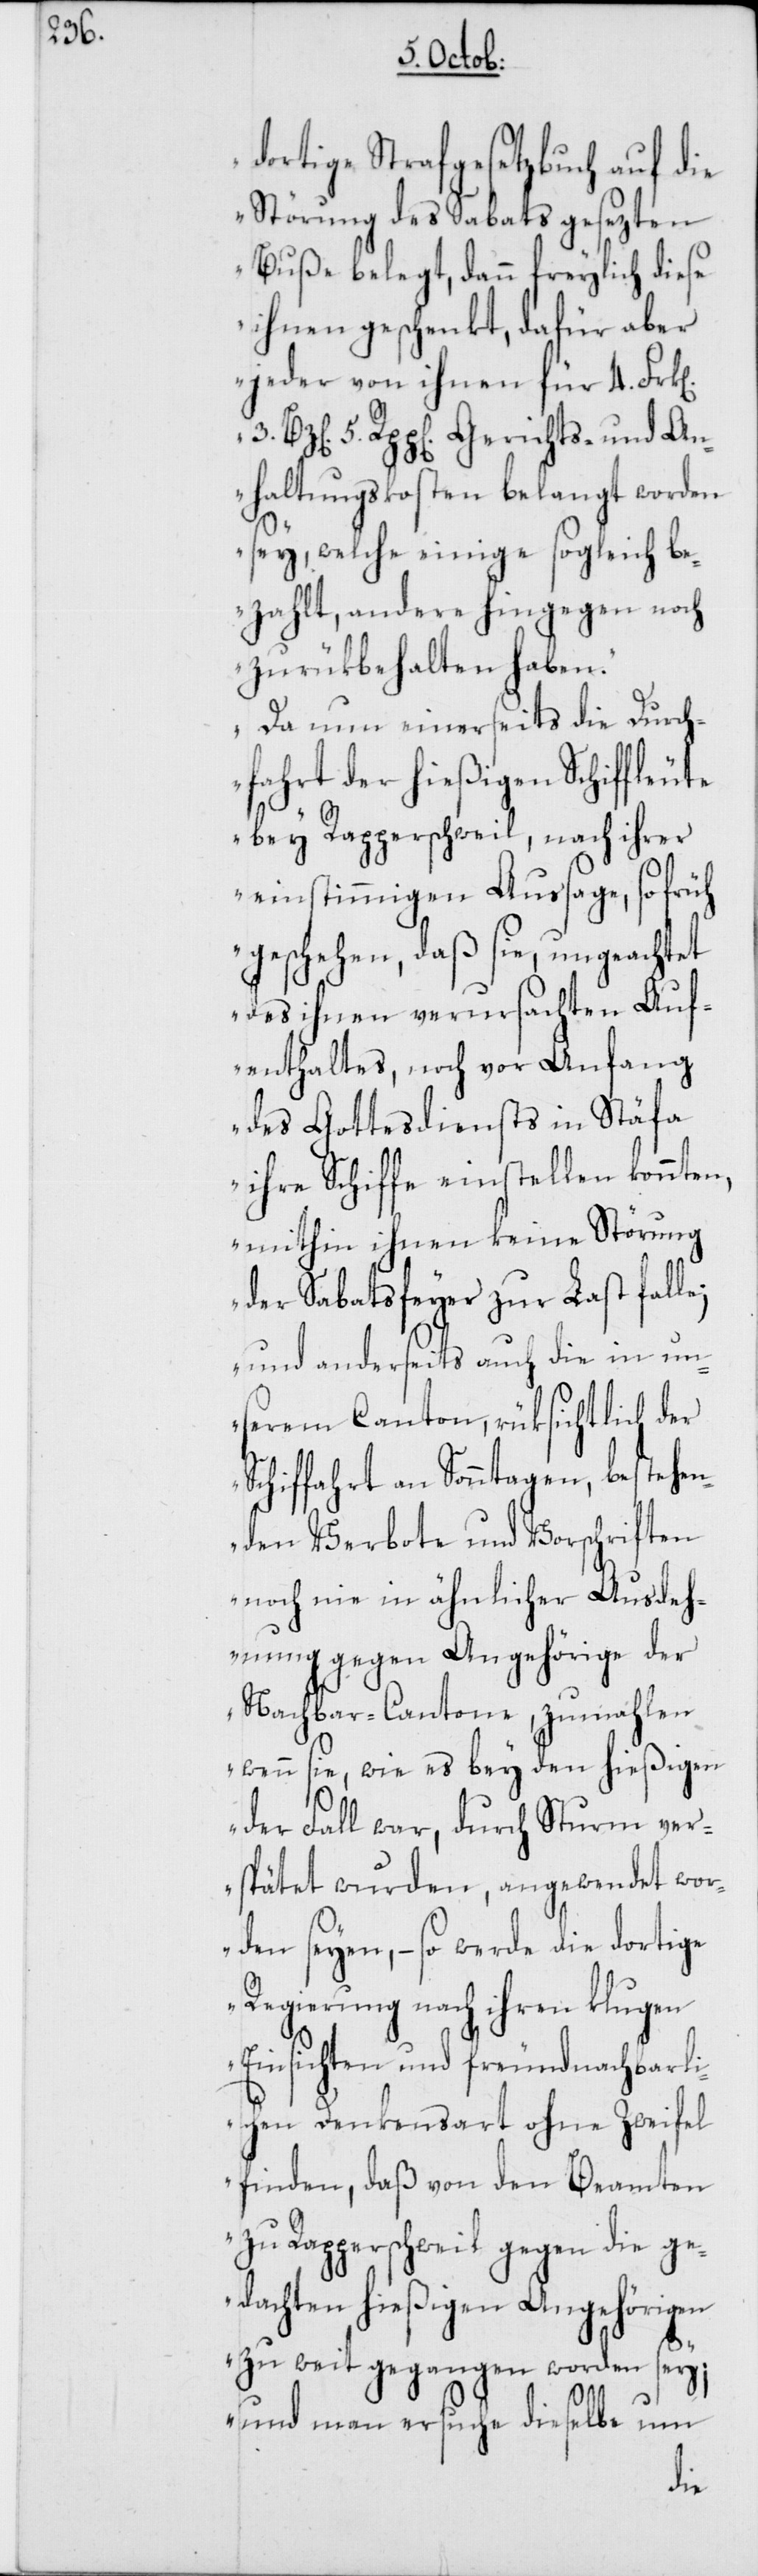
k[en].

dortige Strafgesetzbuch auf die
Störung des Sabats gesezten
Buße belegt, dann freylich diese
ihnen geschenkt, dafür aber
jeder von ihnen für 4. Fr¬
5. Rpp[en]. Gerichts- und An¬
haltungskosten belangt worden
sey, welche einige sogleich be¬
zahlt, andere hingegen noch
zurükbehalten haben.
Da nun einerseits die Durch¬
fahrt der hießigen Schiffleute
bey Rapperschweil, nach ihrer
einstimmigen Aussage, so früh
geschehen, daß sie, ungeachtet
3.
des ihnen verursachten Auf¬
enthaltes, noch vor Anfang
des Gottesdiensts in Stäfa
ihre Schiffe einstellen konnten,
mithin ihnen keine Störung
der Sabatsfeyer zur Last falle;
und anderseits auch die in un¬
serem Canton, rüksichtlich der
Schiffahrt an Sonntagen, bestehe¬
nden Verbote und Vorschriften
noch nie in ähnlicher Ausdeh¬
ung gegen Angehörige der
Nachbar-Cantone, zumahlen
wenn sie, wie es bey den hießigen
der Fall war, durch Sturm ver¬
spätet wurden, angewendet wor¬
den seyen, – so werde die dortige
Regierung nach ihren klugen
Einsichten und freundnachbarli¬
chen Denkensart ohne Zweifel
finden, daß von den Beamten
zu Rapperschweil gegen die ge¬
dachten hießigen Angehörigen
zu weit gegangen worden sey;
und man ersuche dieselbe um